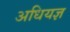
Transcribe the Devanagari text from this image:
अधियज्ञ